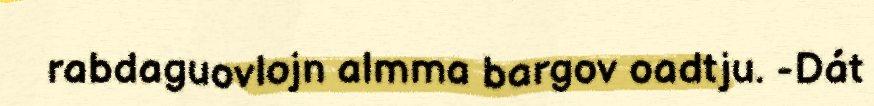
rabdaguovlojn almma bargov oadtju. -Dát